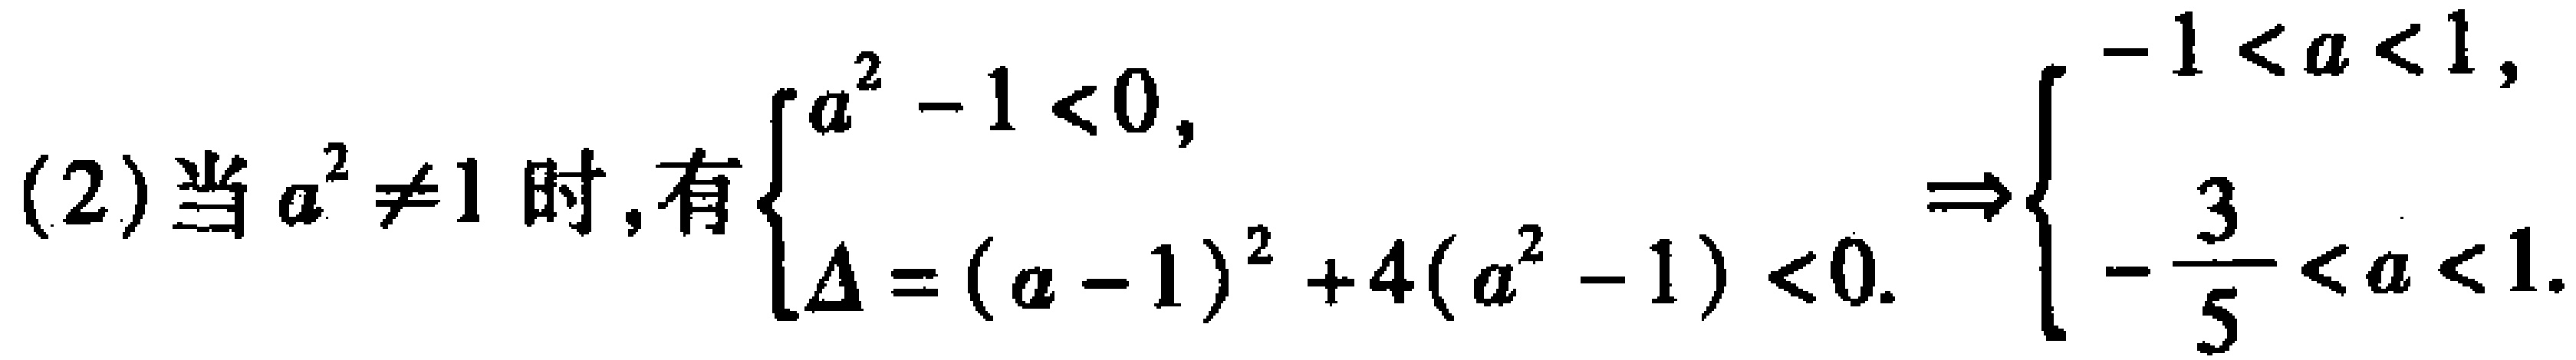
(2)当 \(a^{2} \neq 1\) 时,有 \(\begin{cases}a^{2}-1<0,\\ \Delta=(a - 1)^{2}+4(a^{2}-1)<0.\end{cases}\Rightarrow\begin{cases}-1 < a < 1,\\-\dfrac{3}{5}<a<1.\end{cases}\)